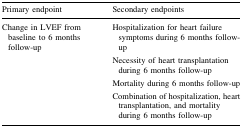
| Primary endpoint | Secondary endpoints |
 | --- | --- |
 | Change in LVEF from baseline to 6 months follow-up | Hospitalization for heart failure symptoms during 6 months follow-upNecessity of heart transplantation during 6 months follow-upMortality during 6 months follow-upCombination of hospitalization, heart transplantation, and mortality during 6 months follow-up |